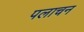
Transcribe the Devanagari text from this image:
पलाचन